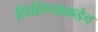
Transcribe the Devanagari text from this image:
लिहिण्याकडेच